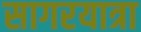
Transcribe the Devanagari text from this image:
सागरयात्रा